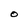
Character: O